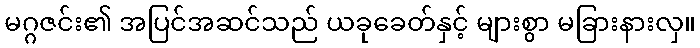
မဂ္ဂဇင်း၏ အပြင်အဆင်သည် ယခုခေတ်နှင့် များစွာ မခြားနားလှ။